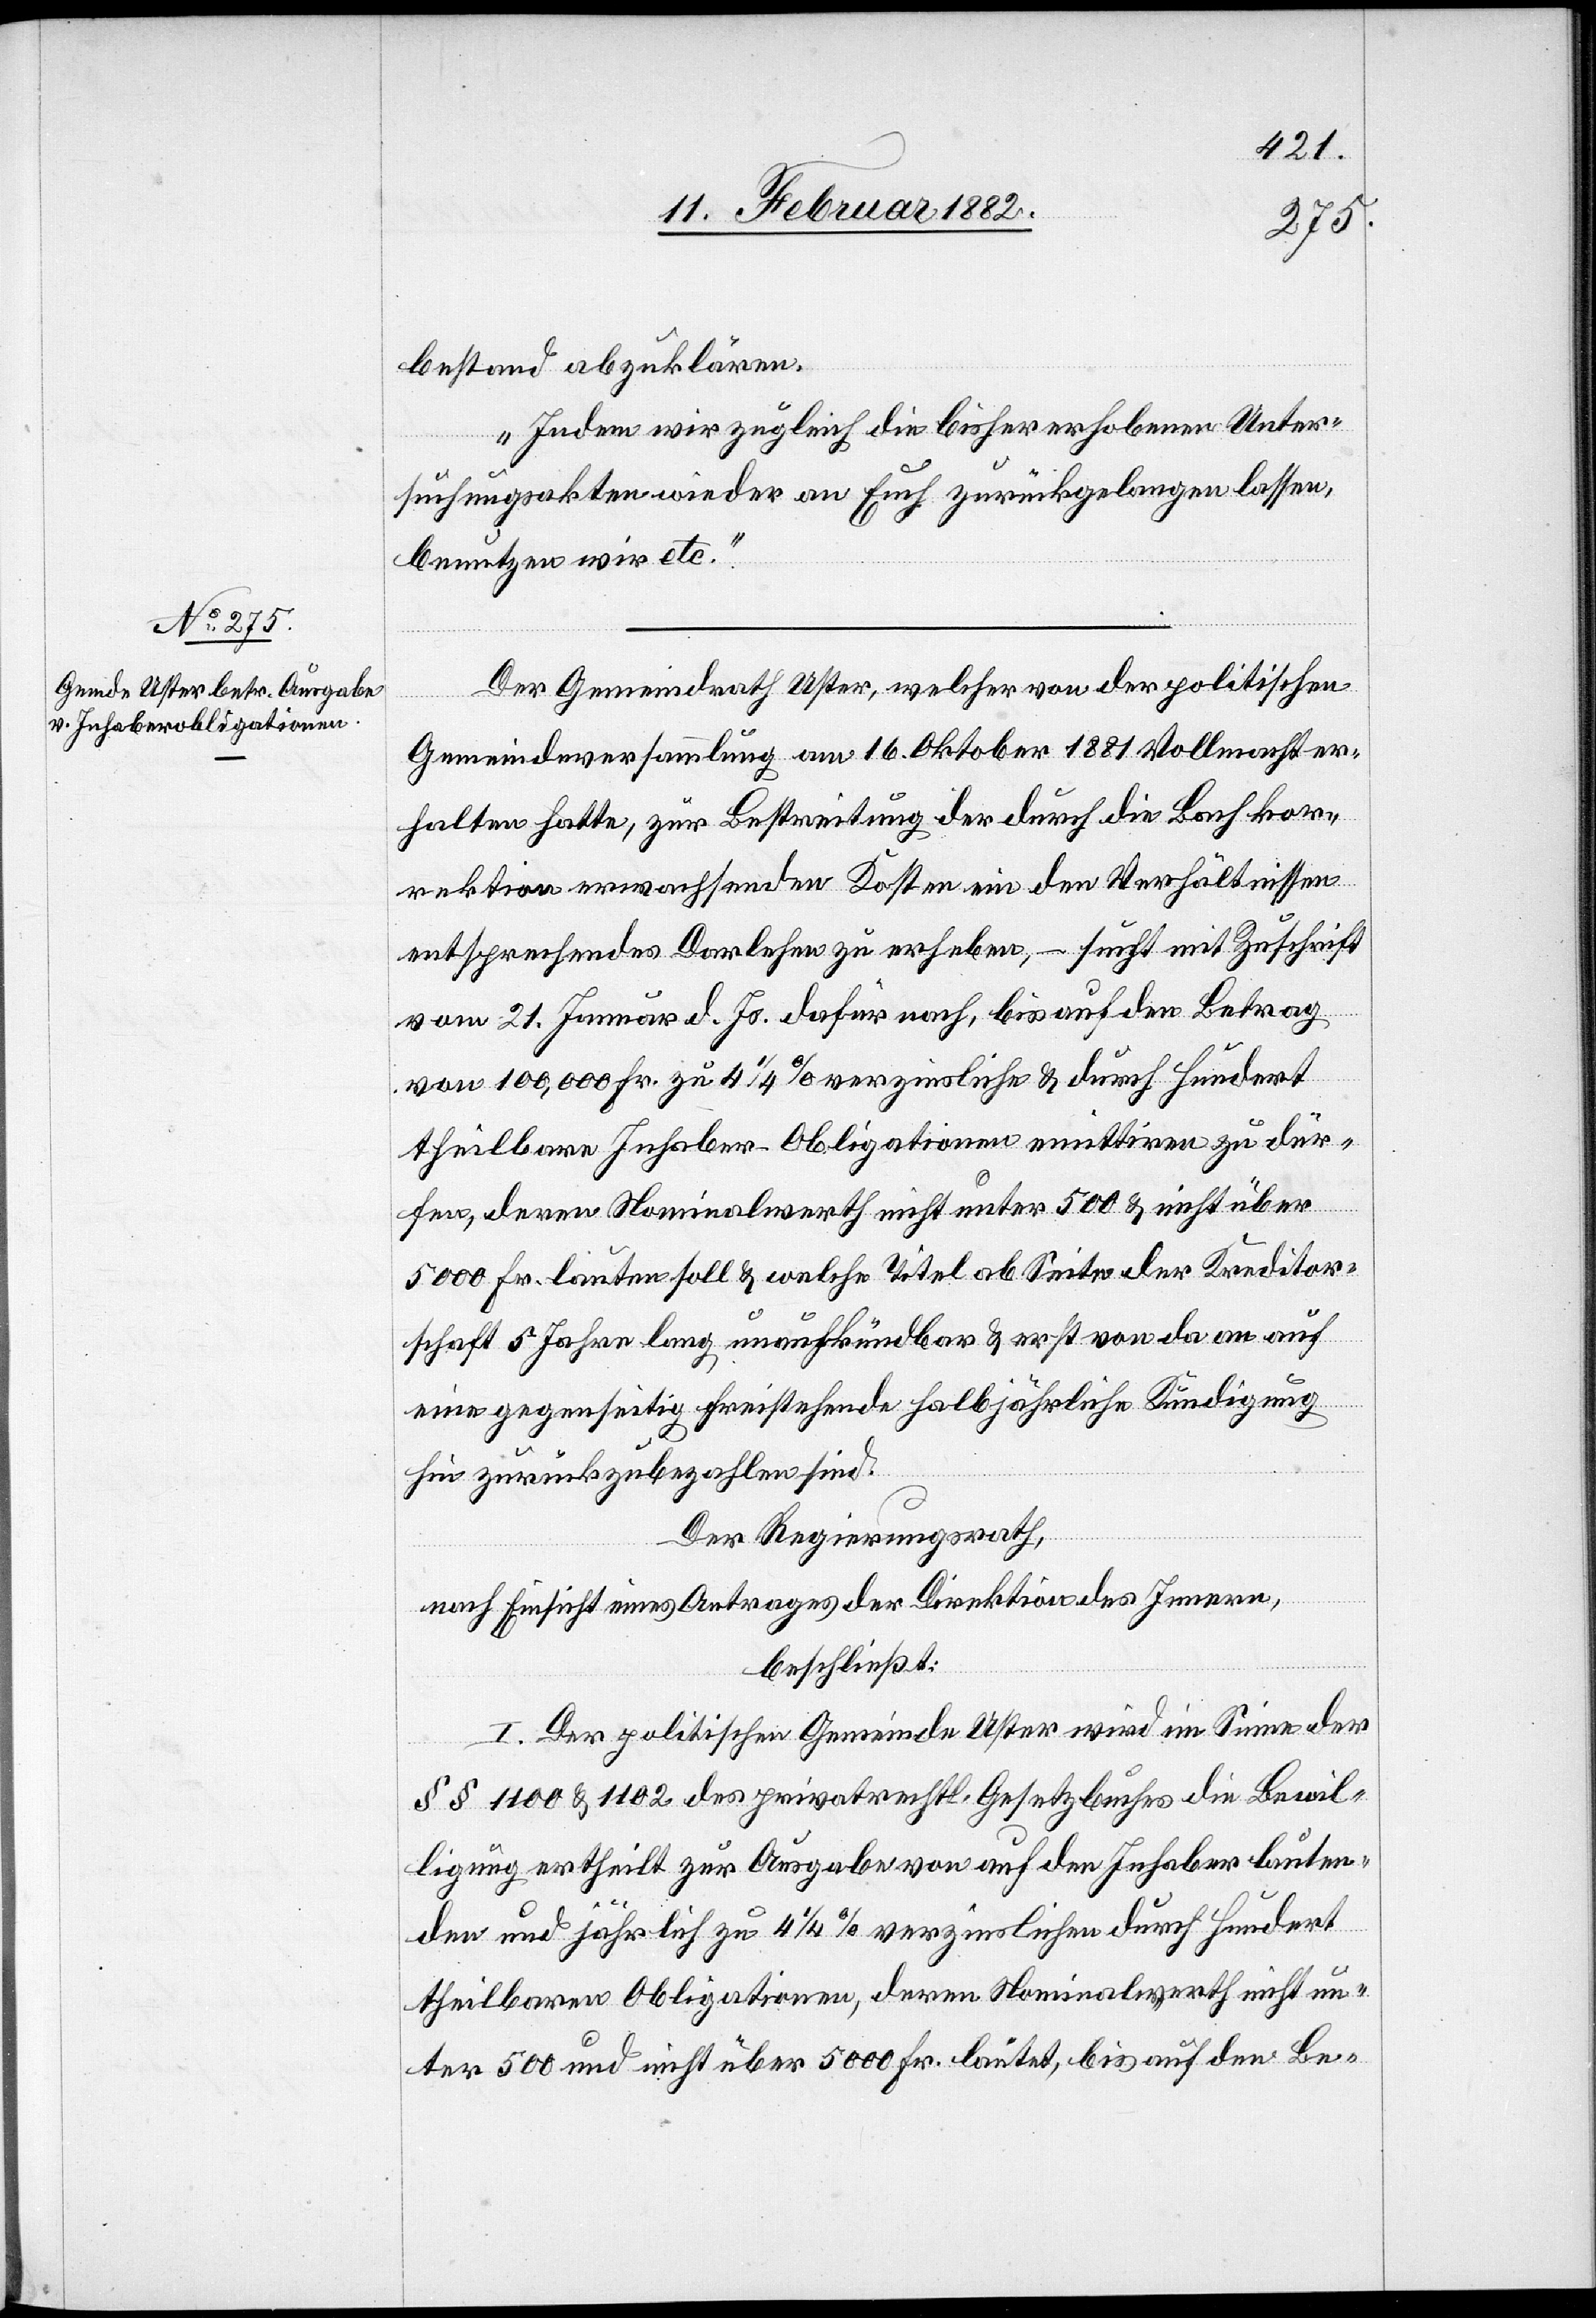
13. Februar 1882]
bestand abzuklären.
Indem wir zugleich die bisher erhobenen Unter¬
suchungsakten wieder an Euch zurückgelangen lassen,
benutzen wir etc.
Der Gemeindrath Uster, welcher von der politischen
Gemeindeversammlung am 16. Oktober 1881 Vollmacht er¬
halten hatte, zur Bestreitung der durch die Bachkor¬
rektion erwachsenden Kosten ein den Verhältnissen
entsprechendes Darlehen zu erheben, – sucht mit Zuschrift
vom 21. Januar d. Js. dafür nach, bis auf den Betrag
von 100,000 Fr. zu 4 1/4% verzinsliche & durch hundert
theilbare Inhaber-Obligationen emittiren zu dür¬
fen, deren Nominalwerth nicht unter 500 & nicht über
5000 Fr. lauten soll & welche Titel ab Seite der Kreditor¬
schaft 5 Jahre lang, unaufkündbar & erst von da an auch
eine gegenseitig freistehende halbjährliche Kündigung
hin zurückzubezahlen sind.
Der Regierungsrath,
nach Einsicht eines Antrages der Direktion des Innern,
beschließt:
I. Der politischen Gemeinde Uster wird im Sinne der
§§ 1100 & 1102 des privatrechtl. Gesetzbuches die Bewil¬
ligung ertheilt zur Ausgabe von auf den Inhaber lauten¬
den und jährlich zu 4 1/4% verzinslichen durch hundert
theilbaren Obligationen, deren Nominalwerth nicht un¬
ter 500 und nicht über 5000 Fr. lautet, bis auf den Be-